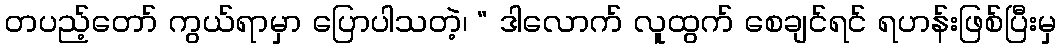
တပည့်တော် ကွယ်ရာမှာ ပြောပါသတဲ့၊ “ ဒါလောက် လူထွက် စေချင်ရင် ရဟန်းဖြစ်ပြီးမှ